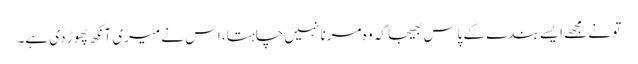
تو نے مجھے ایسے بندے کے پاس بھیجا کہ وہ مرنا نہیں چاہتا، اس نے میری آنکھ پھوڑ دی ہے۔